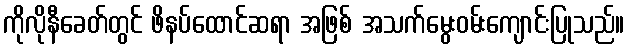
ကိုလိုနီခေတ်တွင် ဖိနပ်ထောင်ဆရာ အဖြစ် အသက်မွေးဝမ်းကျောင်းပြုသည်။